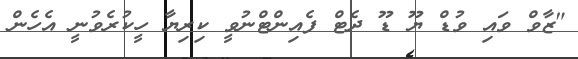
"ޒާވް ވައި ވުޑް ޔޫ ޑޫ ދެޓް ފެއިންޓްނުވީ ކިރިޔާ ހީކުރެވުނީ އެހެން